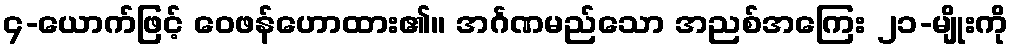
၄-ယောက်ဖြင့် ဝေဖန်ဟောထား၏။ အင်္ဂဏမည်သော အညစ်အကြေး ၂၁-မျိုးကို